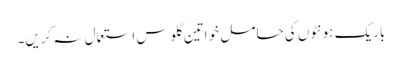
باریک ہونٹوں کی حا مل خو اتین گلوس استعمال نہ کریں۔